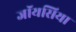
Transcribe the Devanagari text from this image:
जॉयसिया